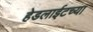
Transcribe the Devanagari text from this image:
हेडलाईटच्या